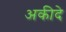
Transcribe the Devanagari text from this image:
अकीदे